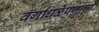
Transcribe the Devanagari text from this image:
वर्गांधळेपणाचा